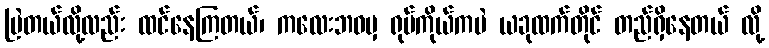
မြဲတယ်လို့လည်း ထင်နေကြတယ်၊ ကလေးဘဝမှ ရုပ်ကိုယ်ကပဲ ယခုထက်တိုင် တည်ရှိနေတယ် လို့